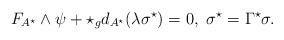
LaTeX: \begin{align*}F_{A^{\star}}\wedge \psi+\star_{g}d_{A^{\star}}(\lambda \sigma^{\star})=0,\ \sigma^{\star}=\Gamma^{\star}\sigma.\end{align*}